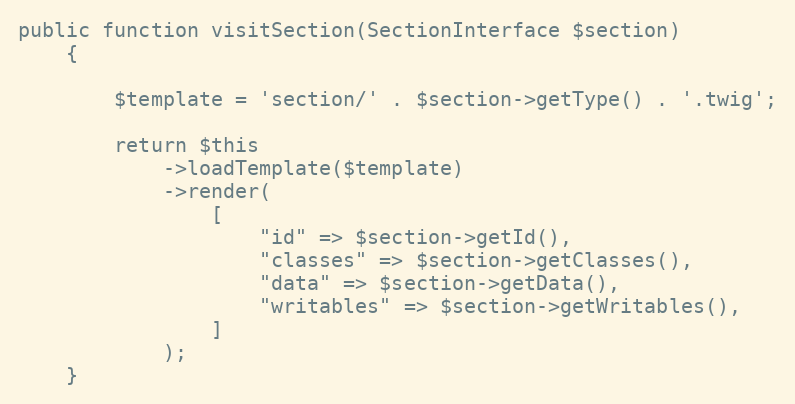
Language: PHP
public function visitSection(SectionInterface $section)
    {

        $template = 'section/' . $section->getType() . '.twig';

        return $this
            ->loadTemplate($template)
            ->render(
                [
                    "id" => $section->getId(),
                    "classes" => $section->getClasses(),
                    "data" => $section->getData(),
                    "writables" => $section->getWritables(),
                ]
            );
    }